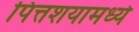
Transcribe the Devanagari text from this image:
पित्तशयामध्ये